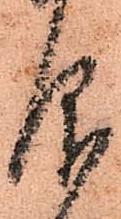
仰